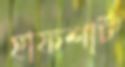
হাফশার্ট